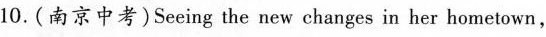
10.(南京中考)Seeing the new changes in her hometown,